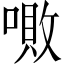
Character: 𠼚